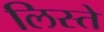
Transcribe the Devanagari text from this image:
लिस्ते